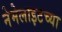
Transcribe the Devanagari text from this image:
नेमेलाइटच्या